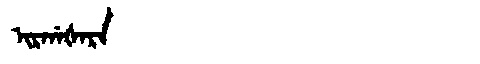
Manchu: ᡳᡵᡤᠠᡧᠠᡵᠠ
Romanization: IRGAŠARA